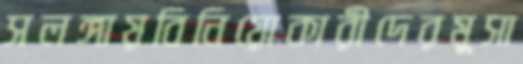
সলঙ্গায়বিনিয়োকারীদেরমুসা